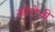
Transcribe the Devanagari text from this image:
ओटेनी